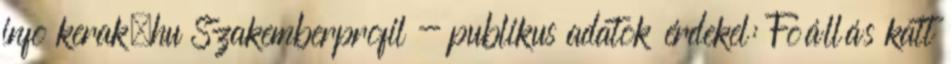
info kerak.hu Szakemberprofil - publikus adatok érdekel: Fõállás katt